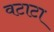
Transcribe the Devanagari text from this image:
वटाटा